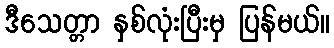
ဒီသေတ္တာ နှစ်လုံးပြီးမှ ပြန်မယ်။